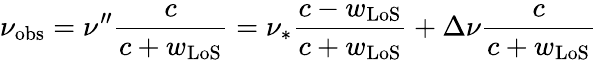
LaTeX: \nu_{\mathrm{obs}}=\nu^{\prime\prime}\frac{c}{c+w_{\mathrm{LoS}}}=\nu_{\ast}\frac{c-w_{\mathrm{LoS}}}{c+w_{\mathrm{LoS}}}+\Delta\nu\frac{c}{c+w_{\mathrm{LoS}}}